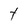
Character: t